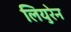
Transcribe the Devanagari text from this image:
लियुरेन